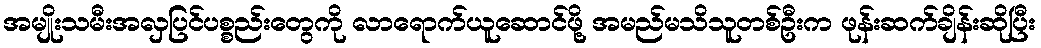
အမျိုးသမီးအလှပြင်ပစ္စည်းတွေကို လာရောက်ယူဆောင်ဖို့ အမည်မသိသူတစ်ဦးက ဖုန်းဆက်ချိန်းဆိုပြီး